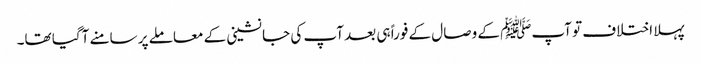
پہلا اختلاف تو آپﷺ کے وصال کے فوراً ہی بعد آپ کی جانشینی کے معاملے پر سامنے آگیا تھا۔